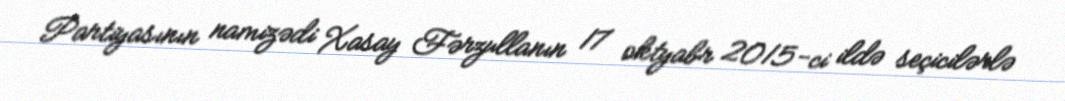
Partiyasının namizədi Xasay Fərzullanın 17 oktyabr 2015-ci ildə seçicilərlə